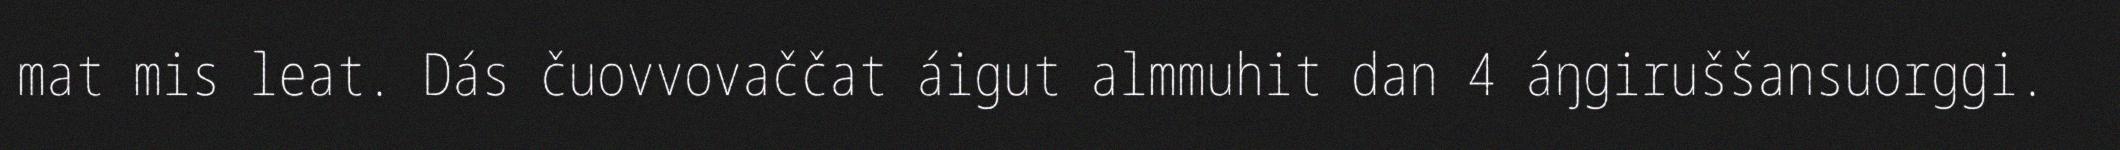
mat mis leat. Dás čuovvovaččat áigut almmuhit dan 4 áŋgiruššansuorggi.